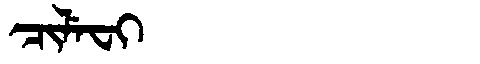
Manchu: ᠴᡳᠯᡝᠸᡳ
Romanization: CILEFI